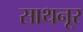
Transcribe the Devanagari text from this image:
साथनूर